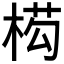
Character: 𭪡